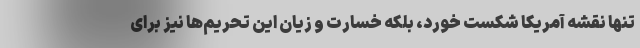
تنها نقشه آمریکا شکست خورد، بلکه خسارت و زیان این‌ تحریم‌ها نیز برای